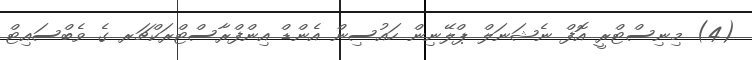
(4) މިނިސްޓްރީ އޮފް ނެޝަނަލް ޕްލޭނިން ހައުސިން އެންޑް އިންފްރާސްޓްރަކްޗަރ ގެ ވެބްސައިޓް